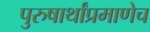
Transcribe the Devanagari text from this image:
पुरुषार्थांप्रमाणेच